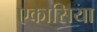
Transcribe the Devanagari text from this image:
एकासिया